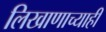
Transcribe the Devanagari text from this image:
लिखाणाच्याही